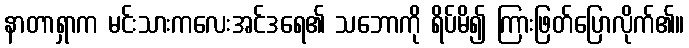
နာတာရှာက မင်းသားကလေးအင်ဒရေ၏ သဘောကို ရိပ်မိ၍ ကြားဖြတ်ပြောလိုက်၏။